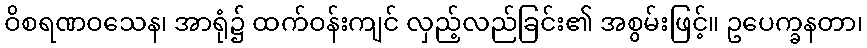
ဝိစရဏဝသေန၊ အာရုံ၌ ထက်ဝန်းကျင် လှည့်လည်ခြင်း၏ အစွမ်းဖြင့်။ ဥပေက္ခနတာ၊